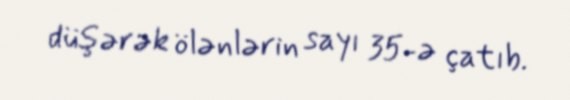
düşərək ölənlərin sayı 35-ə çatıb.